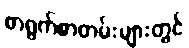
စာရွက်စာတမ်းများတွင်